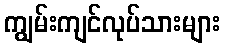
ကျွမ်းကျင်လုပ်သားများ